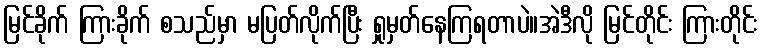
မြင်ခိုက် ကြားခိုက် စသည်မှာ မပြတ်လိုက်ပြီး ရှုမှတ်နေကြရတာပဲ။အဲဒီလို မြင်တိုင်း ကြားတိုင်း